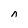
Character: n